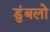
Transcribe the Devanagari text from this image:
डुंबलो